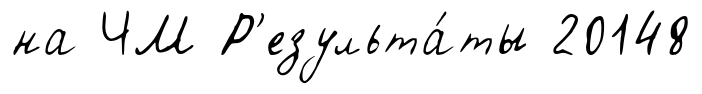
на ЧМ Р'езульта́ты 20148